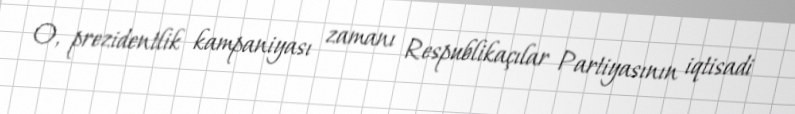
O, prezidentlik kampaniyası zamanı Respublikaçılar Partiyasının iqtisadi